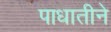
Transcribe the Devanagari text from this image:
पाधातीने